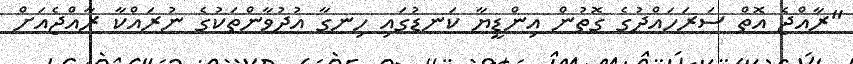
"ރާއްޖެ އޮތް ސަރަހައްދުގެ ގޮތުން އިންޑީޔާ ކަނޑުގައި ހިނގާ އުދުވާންތަކުގެ ނުރައްކާ ރާއްޖެއަށް